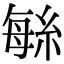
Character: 䋣